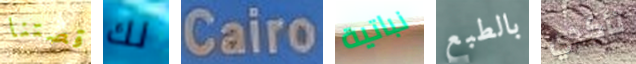
قصتنا لك Cairo نباتية بالطبع تأكدي